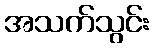
အသက်သွင်း